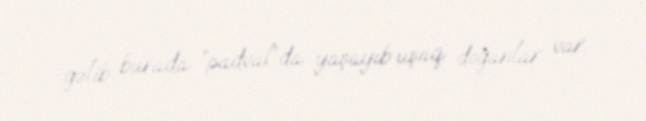
gəlib burada “padval”da yaşayıb uşaq doğanlar var.